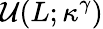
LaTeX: \mathcal{U}(L;\kappa^{\gamma})